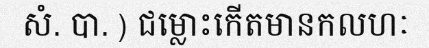
សំ. បា. ) ជម្លោះកើតមានកលហៈ